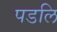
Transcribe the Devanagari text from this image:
पडलि